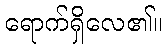
ရောက်ရှိလေ၏။